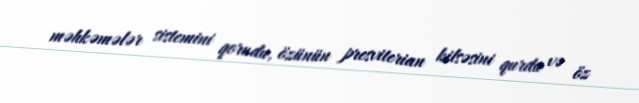
məhkəmələr sistemini qorudu, özünün presviterian kilsəsini qurdu və öz